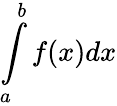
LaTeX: \int\limits_{a}^{b}f(x)dx